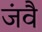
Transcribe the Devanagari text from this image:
जंवै